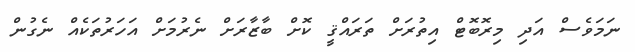
ނަމަވެސް އަދި މިރޮބޮޓް އިތުރަށް ތަރައްޤީ ކޮށް ބާޒާރަށް ނެރުމަށް އަހަރުތަކެއް ނެގުން